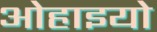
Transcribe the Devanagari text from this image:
ओहाइयो